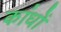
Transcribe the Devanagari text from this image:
कांधों